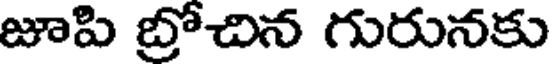
జూపి బ్రోచిన గురునకు